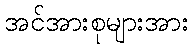
အင်အားစုများအား